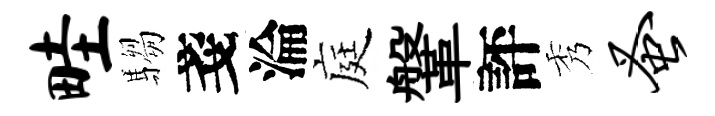
畦騶戔淪庭鞶評秀蚤